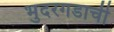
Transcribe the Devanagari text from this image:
भुदरगडाची